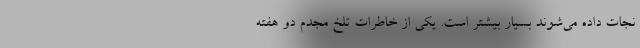
نجات داده می‌شوند بسیار بیشتر است. یکی از خاطرات تلخ مجدم دو هفته